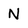
Character: N